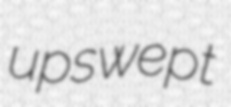
upswept